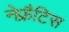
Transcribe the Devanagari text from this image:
नेफ्रैटिस